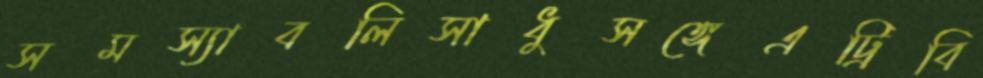
সমস্যাবলিসাধুসঙ্গেএট্রিবি